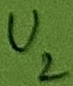
Text: U2